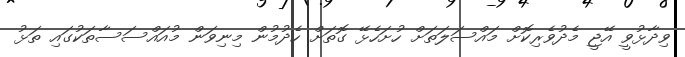
ވިދާޅުވީ އޭޖީ މެދުވެރިކޮށް މައްސަލަތަށް ހުށަހެޅޭ ގޮތަށް ހެދުމުން މިނިވަން މުއައްސަސާތަކުގައި ތަޅު